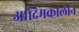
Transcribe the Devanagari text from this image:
आदिमकालीन